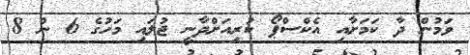
ވަމުން ދާ ކަމަށާއި އެކްސްޕޯ ކުރިއަށްދާނީ ޖުލައި މަހުގެ 6 ން 8